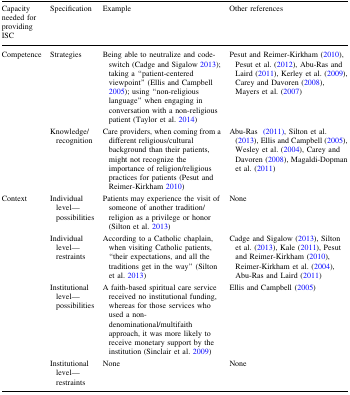
<table><thead><tr><td><b>Capacity needed for providing ISC</b></td><td><b>Specification</b></td><td><b>Example</b></td><td><b>Other references</b></td></tr></thead><tbody><tr><td>Competence</td><td>Strategies</td><td>Being able to neutralize and code-switch (Cadge and Sigalow 2013); taking a “patient-centered viewpoint” (Ellis and Campbell 2005); using “non-religious language” when engaging in conversation with a non-religious patient (Taylor et al. 2014)</td><td>Pesut and Reimer-Kirkham (2010), Pesut et al. (2012), Abu-Ras and Laird (2011), Kerley et al. (2009), Carey and Davoren (2008), Mayers et al. (2007)</td></tr><tr><td></td><td>Knowledge/recognition</td><td>Care providers, when coming from a different religious/cultural background than their patients, might not recognize the importance of religion/religious practices for patients (Pesut and Reimer-Kirkham 2010)</td><td>Abu-Ras(2011), Silton et al. (2013), Ellis and Campbell (2005), Wesley et al. (2004), Carey and Davoren (2008), Magaldi-Dopman et al. (2011)</td></tr><tr><td>Context</td><td>Individual level—possibilities</td><td>Patients may experience the visit of someone of another tradition/religion as a privilege or honor (Silton et al. 2013)</td><td>None</td></tr><tr><td></td><td>Individual level—restraints</td><td>According to a Catholic chaplain, when visiting Catholic patients, “their expectations, and all the traditions get in the way” (Silton et al. 2013)</td><td>Cadge and Sigalow (2013), Silton et al. (2013), Kale (2011), Pesut and Reimer-Kirkham (2010), Reimer-Kirkham et al. (2004), Abu-Ras and Laird (2011)</td></tr><tr><td></td><td>Institutional level—possibilities</td><td>A faith-based spiritual care service received no institutional funding, whereas for those services who used a non-denominational/multifaith approach, it was more likely to receive monetary support by the institution (Sinclair et al. 2009)</td><td>Ellis and Campbell (2005)</td></tr><tr><td></td><td>Institutional level—restraints</td><td>None</td><td>None</td></tr></tbody></table>